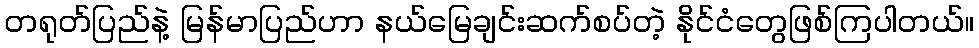
တရုတ်ပြည်နဲ့ မြန်မာပြည်ဟာ နယ်မြေချင်းဆက်စပ်တဲ့ နိုင်ငံတွေဖြစ်ကြပါတယ်။